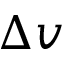
\Delta v